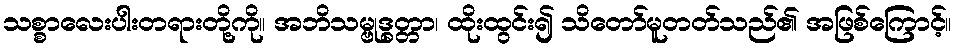
သစ္စာလေးပါးတရားတို့ကို။ အဘိသမ္ဗုဒ္ဓတ္တာ၊ ထိုးထွင်း၍ သိတော်မူတတ်သည်၏ အဖြစ်ကြောင့်။